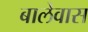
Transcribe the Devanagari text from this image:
बालेवास